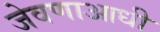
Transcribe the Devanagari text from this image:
जेवणाआधी